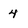
Character: 4